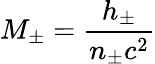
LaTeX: \displaystyle M_{\pm}=\frac{h_{\pm}}{n_{\pm}c^{2}}